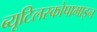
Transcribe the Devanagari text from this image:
ब्यूटिलस्कोपामाइन